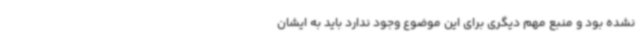
نشده بود و منبع مهم دیگری برای این موضوع وجود ندارد باید به ایشان